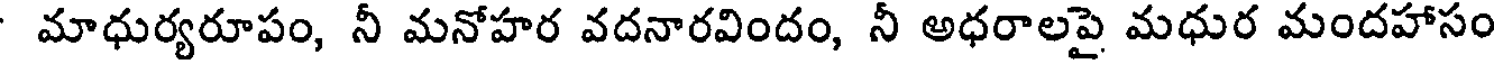
మాధుర్యరూపం, నీ మనోహర వదనారవిందం, నీ అధరాలపై మధుర మందహాసం